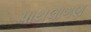
પાયલાગણ